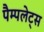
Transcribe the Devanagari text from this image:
पैम्पलेट्स